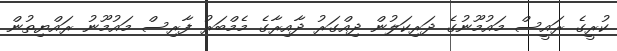
ކުރީގެ ރައީސް މައުމޫނުގެ ދަރިކަލުން ދިއްގަރު ދާއިރާގެ މެމްބަރު ފާރިސް މައުމޫނު ރައްޔިތުން